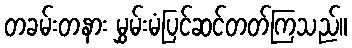
တခမ်းတနား မွှမ်းမံပြင်ဆင်တတ်ကြသည်။